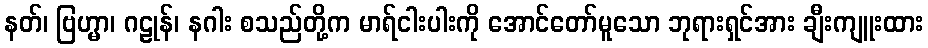
နတ်၊ ဗြဟ္မာ၊ ဂဠုန်၊ နဂါး စသည်တို့က မာရ်ငါးပါးကို အောင်တော်မူသော ဘုရားရှင်အား ချီးကျူးထား